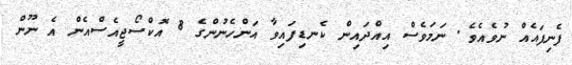
ފެނިފައެއް ނުވެއެވެ. ނަމަވެސް އިއްދައިން ކެނޑިފައިވާ އަންހެނުންގެ 8 އޮކްސޯޖީއެސްއެން އެ ނޫން